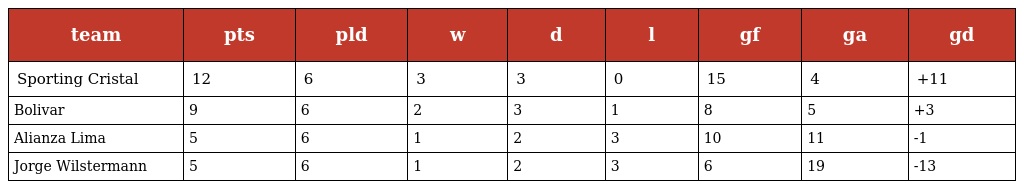
| team | pts | pld | w | d | l | gf | ga | gd |
 | --- | --- | --- | --- | --- | --- | --- | --- | --- |
 | Sporting Cristal | 12 | 6 | 3 | 3 | 0 | 15 | 4 | +11 |
 | Bolivar | 9 | 6 | 2 | 3 | 1 | 8 | 5 | +3 |
 | Alianza Lima | 5 | 6 | 1 | 2 | 3 | 10 | 11 | -1 |
 | Jorge Wilstermann | 5 | 6 | 1 | 2 | 3 | 6 | 19 | -13 |